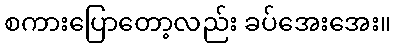
စကားပြောတော့လည်း ခပ်အေးအေး။